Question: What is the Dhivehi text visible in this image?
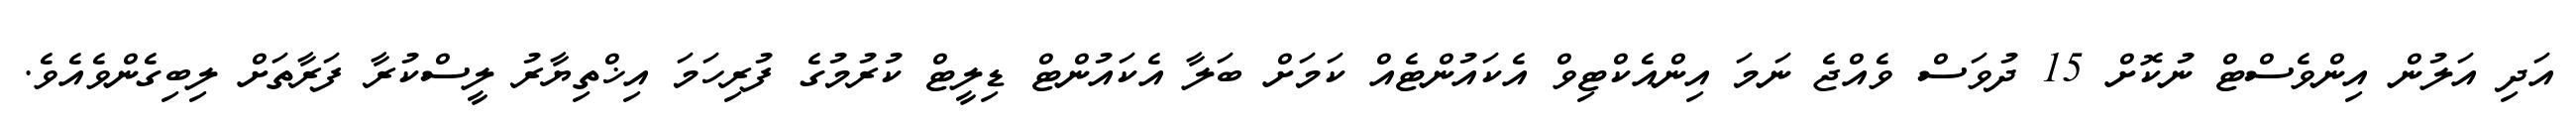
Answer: އަދި އަލުން އިންވެސްޓް ނުކޮށް 15 ދުވަސް ވެއްޖެ ނަމަ އިންއެކްޓިވް އެކައުންޓެއް ކަމަށް ބަލާ އެކައުންޓް ޑިލީޓް ކުރުމުގެ ފުރިހަމަ އިޚްތިޔާރު ލީސްކުރާ ފަރާތަށް ލިބިގެންވެއެވެ.